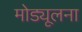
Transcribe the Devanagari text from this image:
मोड्यूलना